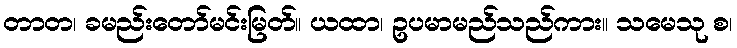
တာတ၊ ခမည်းတော်မင်းမြတ်။ ယထာ၊ ဥပမာမည်သည်ကား။ သမေသု စ၊